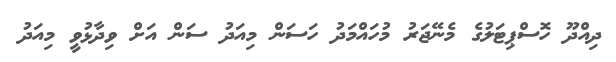
ދިއްދޫ ހޮސްޕިޓަލުގެ މެނޭޖަރު މުހައްމަދު ހަސަން މިއަދު ސަން އަށް ވިދާޅުވީ މިއަދު